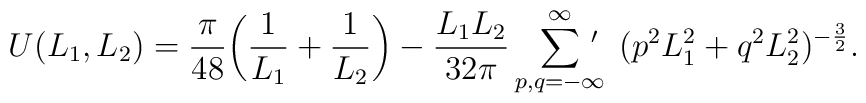
U(L_{1},L_{2})=\frac{\pi}{48}\biggl(\frac{1}{L_{1}}+\frac{1}{L_{2}}\biggr)- \frac{L_{1}L_{2}}{32\pi}\sum^{\infty}_{p,q=-\infty} \hspace{-.15in}~'\hspace{.1in} (p^{2}L^{2}_{1}+q^{2}L^{2}_{2})^{-\frac{3}{2}}.